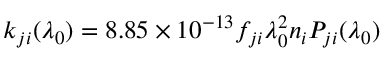
\begin{array} { r } { k _ { j i } ( \lambda _ { 0 } ) = 8 . 8 5 \times 1 0 ^ { - 1 3 } f _ { j i } \lambda _ { 0 } ^ { 2 } n _ { i } P _ { j i } ( \lambda _ { 0 } ) } \end{array}